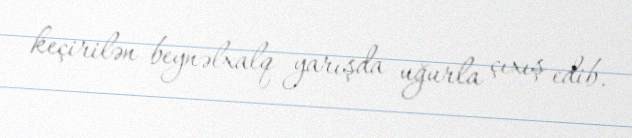
keçirilən beynəlxalq yarışda uğurla çıxış edib.